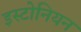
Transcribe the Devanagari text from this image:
इस्टोनियन